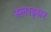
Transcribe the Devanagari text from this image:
स्लाइसर